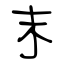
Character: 末